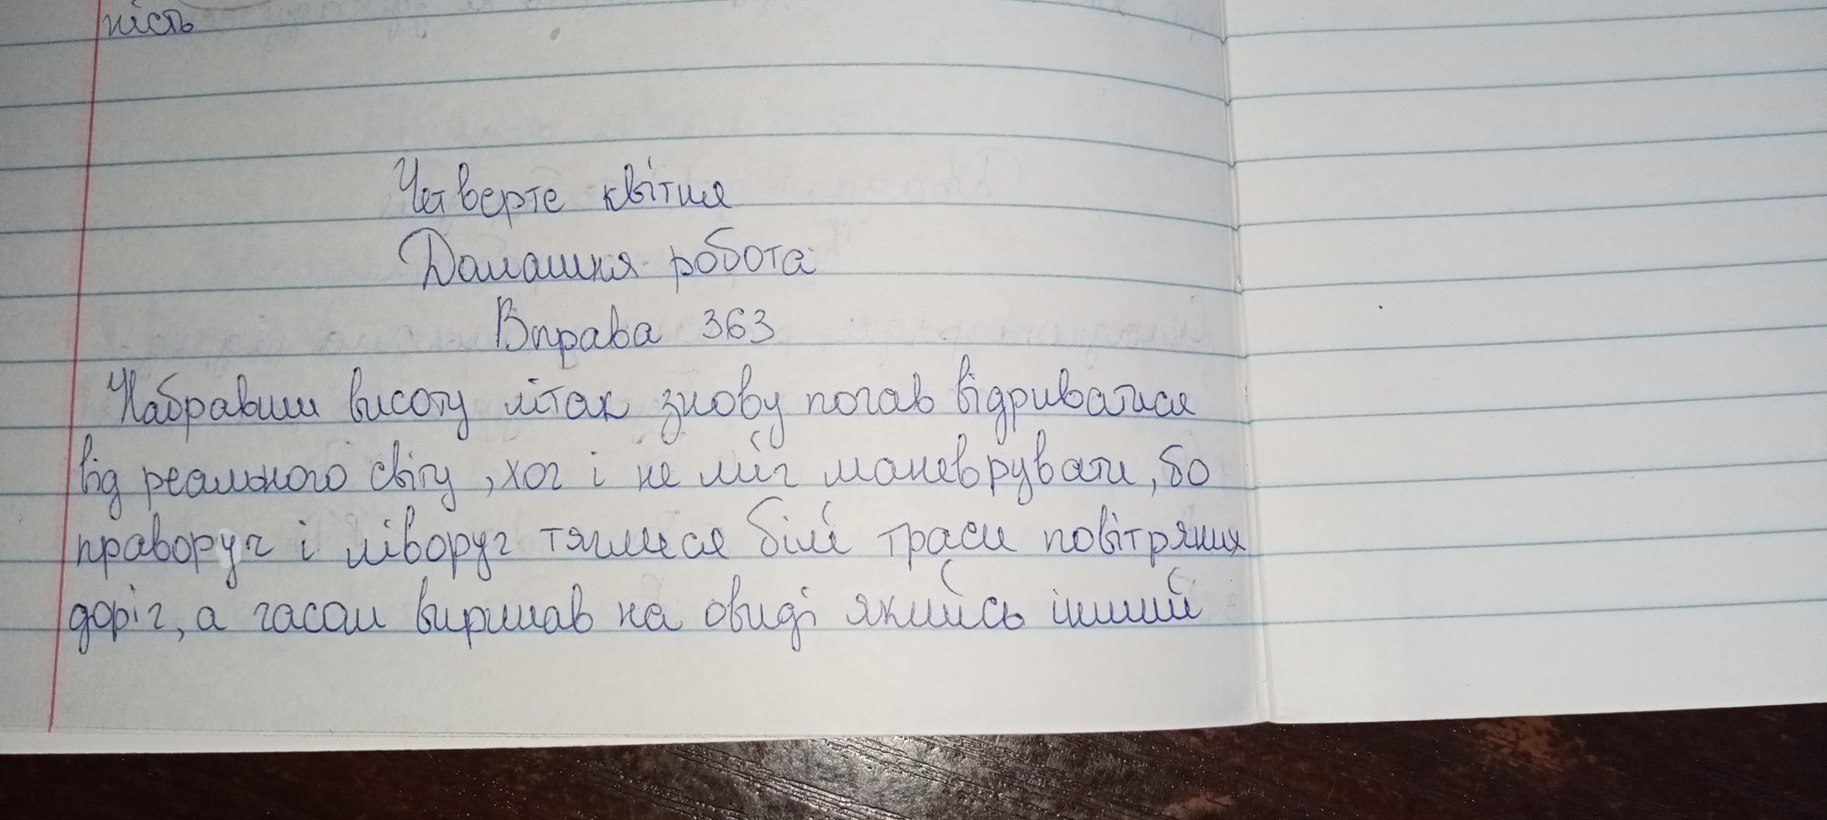
Четверте квітня
Домашня робота
Вправа 363
Набравши висоту літак знову почав відриватися
від реального світу, хоч і не міг маневрувати, бо
праворуч і ліворуч тяглися білі траси повітряних
доріг, а часом виринав на овиді якийсь інший